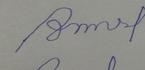
Signature authenticity: forged